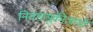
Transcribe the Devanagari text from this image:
निवडणूकीआधी